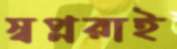
স্বপ্নরাই